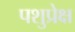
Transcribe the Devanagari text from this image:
पशुप्रेक्ष